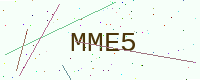
Text: MME5